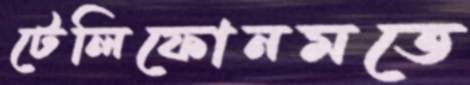
টেলিফোনমতে